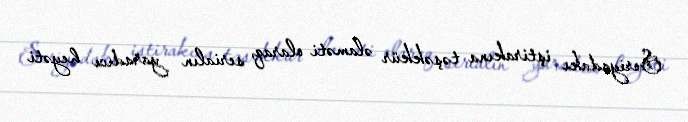
Seriyadakı iştirakına təşəkkür əlaməti olaraq, serialın yaradıcı heyəti